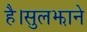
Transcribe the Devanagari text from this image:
है।सुलझाने